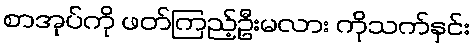
စာအုပ်ကို ဖတ်ကြည့်ဦးမလား ကိုသက်နှင်း